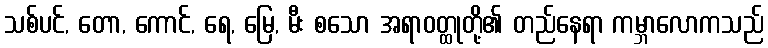
သစ်ပင်, တော, ကောင်, ရေ, မြေ, မီး စသော အရာဝတ္ထုတို့၏ တည်နေရာ ကမ္ဘာလောကသည်